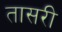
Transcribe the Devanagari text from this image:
तासरी